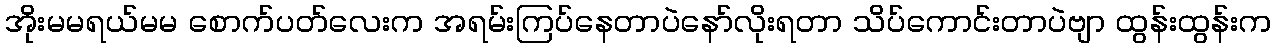
အိုးမမရယ်မမ စောက်ပတ်လေးက အရမ်းကြပ်နေတာပဲနော်လိုးရတာ သိပ်ကောင်းတာပဲဗျာ ထွန်းထွန်းက